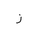
Letter: _zay